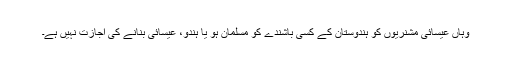
وہاں عیسائی مشنریوں کو ہندوستان کے کسی باشندے کو مسلمان ہو یا ہندو، عیسائی بنانے کی اجازت نہیں ہے۔